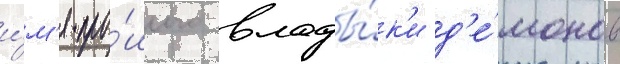
и́м'я про́шлого влады́к'и д'е́монов